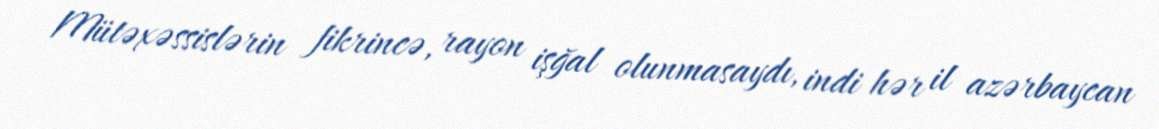
Mütəxəssislərin fikrincə, rayon işğal olunmasaydı, indi hər il azərbaycan